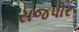
રાજપોર